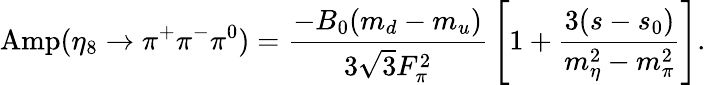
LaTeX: \mathrm{Amp}(\eta_{8}\rightarrow\pi^{+}\pi^{-}\pi^{0})={\frac{-B_{0}(m_{d}-m_{u})}{3\sqrt{3}F_{\pi}^{2}}}\left[1+{\frac{3(s-s_{0})}{m_{\eta}^{2}-m_{\pi}^{2}}}\right].